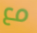
مع